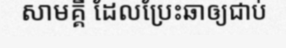
សាមគ្គី ដែលប្រែះឆាឲ្យជាប់